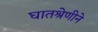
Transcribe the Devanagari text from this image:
घातश्रेणीने